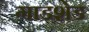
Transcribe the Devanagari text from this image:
गाडशेड